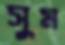
সুম